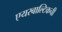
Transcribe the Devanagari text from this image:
एयरबाल्टिकची